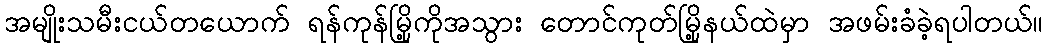
အမျိုးသမီးငယ်တယောက် ရန်ကုန်မြို့ကိုအသွား တောင်ကုတ်မြို့နယ်ထဲမှာ အဖမ်းခံခဲ့ရပါတယ်။